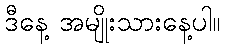
ဒီနေ့ အမျိုးသားနေ့ပါ။